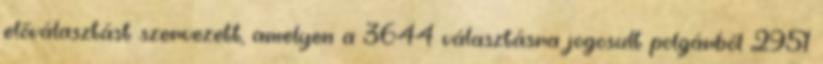
előválasztást szervezett, amelyen a 3644 választásra jogosult polgárból 2951